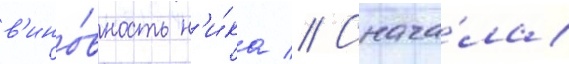
в'ино́вность н'и́ка // Снача́ла